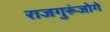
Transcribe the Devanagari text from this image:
राजगुरूंजोगे